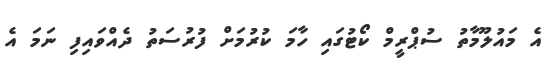
އެ މައުލޫމާތު ސުޕްރީމް ކޯޓުގައި ހާމަ ކުރުމަށް ފުރުސަތު ދެއްވައިފި ނަމަ އެ